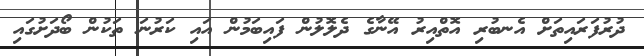
ދުރުފަރައިތަށް އެނބުރި އޮތްއިރު އޭނާގެ ދެލޮލުން ފައިބަމުން އައި ކަރުނަ ތަކުން ބޯދަށުގައި